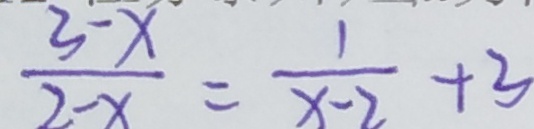
\frac { 3 - x } { 2 - x } = \frac { 1 } { x - 2 } + 3